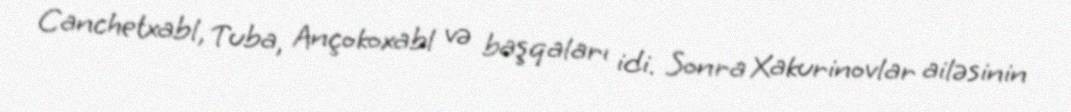
Canchetxabl, Tuba, Ançokoxabl və başqaları idi. Sonra Xakurinovlar ailəsinin